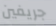
جريفين